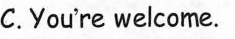
C.You're welcome.